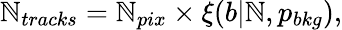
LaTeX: \mathbb{N}_{tracks}=\mathbb{N}_{pix}\times\xi(b|\mathbb{N},p_{bkg}),